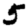
Digit: 5